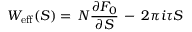
W _ { \mathrm { e f f } } ( S ) = \, N \frac { \partial { \cal F } _ { 0 } } { \partial S } \, - \, 2 \pi i \tau S